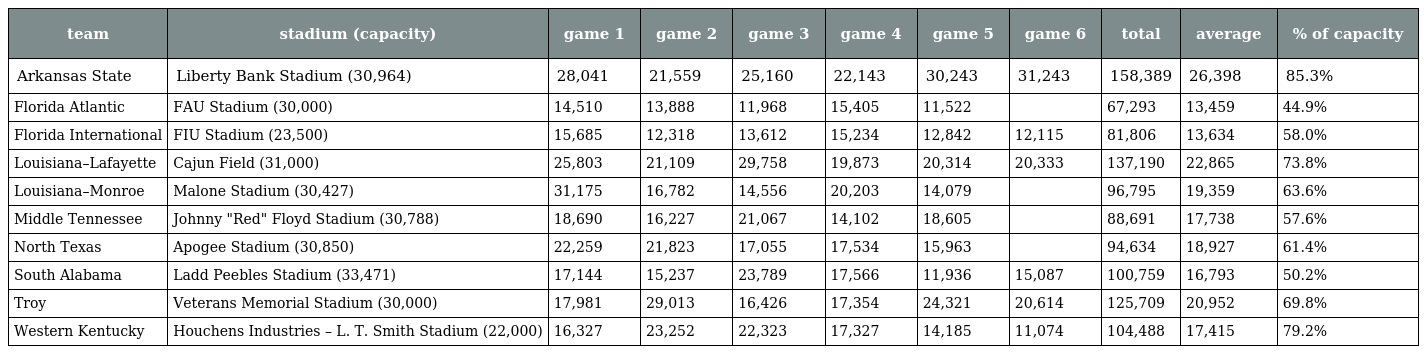
| team | stadium (capacity) | game 1 | game 2 | game 3 | game 4 | game 5 | game 6 | total | average | % of capacity |
 | --- | --- | --- | --- | --- | --- | --- | --- | --- | --- | --- |
 | Arkansas State | Liberty Bank Stadium (30,964) | 28,041 | 21,559 | 25,160 | 22,143 | 30,243 | 31,243 | 158,389 | 26,398 | 85.3% |
 | Florida Atlantic | FAU Stadium (30,000) | 14,510 | 13,888 | 11,968 | 15,405 | 11,522 |  | 67,293 | 13,459 | 44.9% |
 | Florida International | FIU Stadium (23,500) | 15,685 | 12,318 | 13,612 | 15,234 | 12,842 | 12,115 | 81,806 | 13,634 | 58.0% |
 | Louisiana–Lafayette | Cajun Field (31,000) | 25,803 | 21,109 | 29,758 | 19,873 | 20,314 | 20,333 | 137,190 | 22,865 | 73.8% |
 | Louisiana–Monroe | Malone Stadium (30,427) | 31,175 | 16,782 | 14,556 | 20,203 | 14,079 |  | 96,795 | 19,359 | 63.6% |
 | Middle Tennessee | Johnny "Red" Floyd Stadium (30,788) | 18,690 | 16,227 | 21,067 | 14,102 | 18,605 |  | 88,691 | 17,738 | 57.6% |
 | North Texas | Apogee Stadium (30,850) | 22,259 | 21,823 | 17,055 | 17,534 | 15,963 |  | 94,634 | 18,927 | 61.4% |
 | South Alabama | Ladd Peebles Stadium (33,471) | 17,144 | 15,237 | 23,789 | 17,566 | 11,936 | 15,087 | 100,759 | 16,793 | 50.2% |
 | Troy | Veterans Memorial Stadium (30,000) | 17,981 | 29,013 | 16,426 | 17,354 | 24,321 | 20,614 | 125,709 | 20,952 | 69.8% |
 | Western Kentucky | Houchens Industries – L. T. Smith Stadium (22,000) | 16,327 | 23,252 | 22,323 | 17,327 | 14,185 | 11,074 | 104,488 | 17,415 | 79.2% |